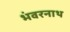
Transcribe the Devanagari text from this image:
भंवरनाथ